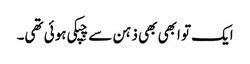
ایک تو ابھی بھی ذہن سے چِپکی ہوئی تھی۔